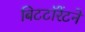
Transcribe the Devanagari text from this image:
बिटटॉरेंटने